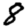
Digit: 8